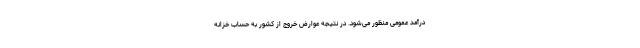
درآمد عمومی منظور می‌شود. در نتیجه عوارض خروج از کشور به حساب خزانه